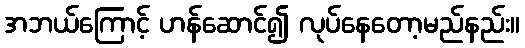
အဘယ်ကြောင့် ဟန်ဆောင်၍ လုပ်နေတော့မည်နည်း။